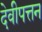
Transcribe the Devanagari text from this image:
देवीपत्तन